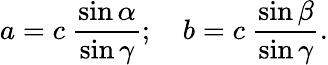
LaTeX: a=c\ {\frac{\sin\alpha}{\sin\gamma}};\quad b=c\ {\frac{\sin\beta}{\sin\gamma}}.